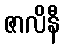
ဇာလိနီ